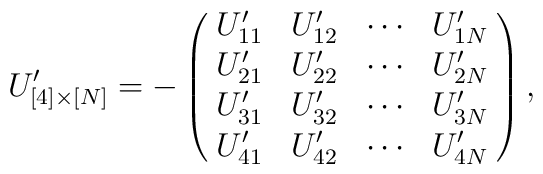
U^{\prime}_{[4]\times[N]} = - \left( \! \begin{array}{cccc} U^{\prime}_{11} & U^{\prime}_{12} & \cdots & U^{\prime}_{1N} \\U^{\prime}_{21} & U^{\prime}_{22} & \cdots & U^{\prime}_{2N} \\U^{\prime}_{31} & U^{\prime}_{32} & \cdots & U^{\prime}_{3N} \\U^{\prime}_{41} & U^{\prime}_{42} & \cdots & U^{\prime}_{4N} \\\end{array} \! \right),